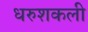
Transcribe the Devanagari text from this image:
धरुशकली